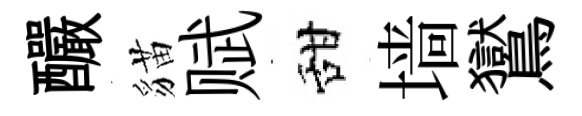
釅貓赋甜墙鸑